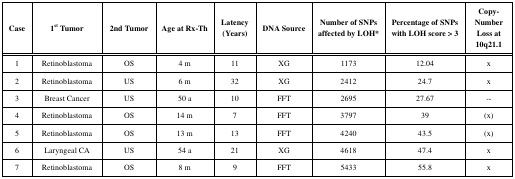
<table><thead><tr><td><b>Case</b></td><td><b>1<sup>st</sup> Tumor</b></td><td><b>2nd Tumor</b></td><td><b>Age at Rx-Th</b></td><td><b>Latency (Years)</b></td><td><b>DNA Source</b></td><td><b>Number of SNPs affected byLOH*</b></td><td><b>Percentage of SNPs with LOHscore &gt; 3</b></td><td><b>Copy-NumberLoss at10q21.1</b></td></tr></thead><tbody><tr><td>1</td><td>Retinoblastoma</td><td>OS</td><td>4 m</td><td>11</td><td>XG</td><td>1173</td><td>12.04</td><td>x</td></tr><tr><td>2</td><td>Retinoblastoma</td><td>US</td><td>6 m</td><td>32</td><td>XG</td><td>2412</td><td>24.7</td><td>x</td></tr><tr><td>3</td><td>Breast Cancer</td><td>US</td><td>50 a</td><td>10</td><td>FFT</td><td>2695</td><td>27.67</td><td>--</td></tr><tr><td>4</td><td>Retinoblastoma</td><td>OS</td><td>14 m</td><td>7</td><td>FFT</td><td>3797</td><td>39</td><td>(x)</td></tr><tr><td>5</td><td>Retinoblastoma</td><td>OS</td><td>13 m</td><td>13</td><td>FFT</td><td>4240</td><td>43.5</td><td>(x)</td></tr><tr><td>6</td><td>Laryngeal CA</td><td>US</td><td>54 a</td><td>21</td><td>XG</td><td>4618</td><td>47.4</td><td>x</td></tr><tr><td>7</td><td>Retinoblastoma</td><td>OS</td><td>8 m</td><td>9</td><td>FFT</td><td>5433</td><td>55.8</td><td>x</td></tr></tbody></table>